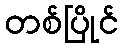
တစ်ပြိုင်